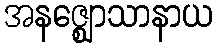
အနဇ္ဈောသာနာယ